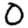
Digit: 0